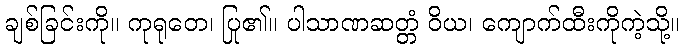
ချစ်ခြင်းကို။ ကုရုတေ၊ ပြု၏။ ပါသာဏဆတ္တံ ဝိယ၊ ကျောက်ထီးကိုကဲ့သို့။